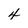
Character: 4